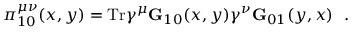
\pi _ { 1 0 } ^ { \mu \nu } ( x , y ) = \mathrm { T r } \gamma ^ { \mu } { \bf G } _ { 1 0 } ( x , y ) \gamma ^ { \nu } { \bf G } _ { 0 1 } ( y , x ) ~ ~ .